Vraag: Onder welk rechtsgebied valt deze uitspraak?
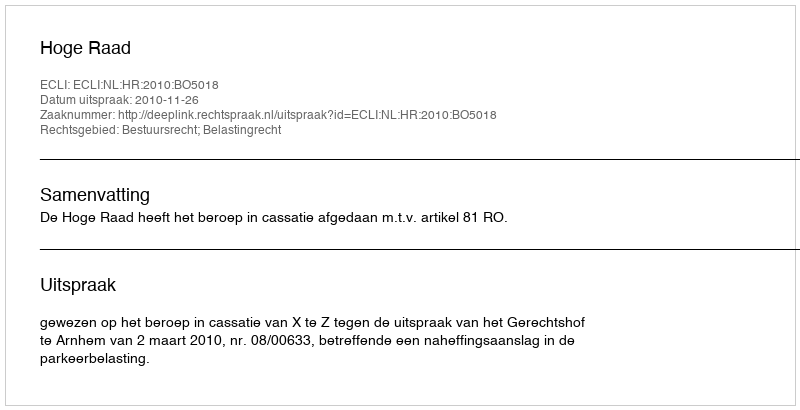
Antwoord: Bestuursrecht; Belastingrecht